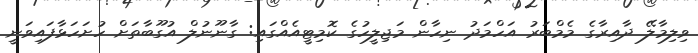
ވިލިމާލޭ ދާއިރާގެ މެމްބަރު އަހްމަދު ނިހާން މަޖިލީހުގެ ކޮމިޓީއެއްގައި: ގާނޫނުލް އުގޫބާތަށް ހުށަހަޅާފައިވަނީ